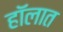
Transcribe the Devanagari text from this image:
हॉलात